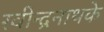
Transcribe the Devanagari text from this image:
रवीन्द्रनाथके